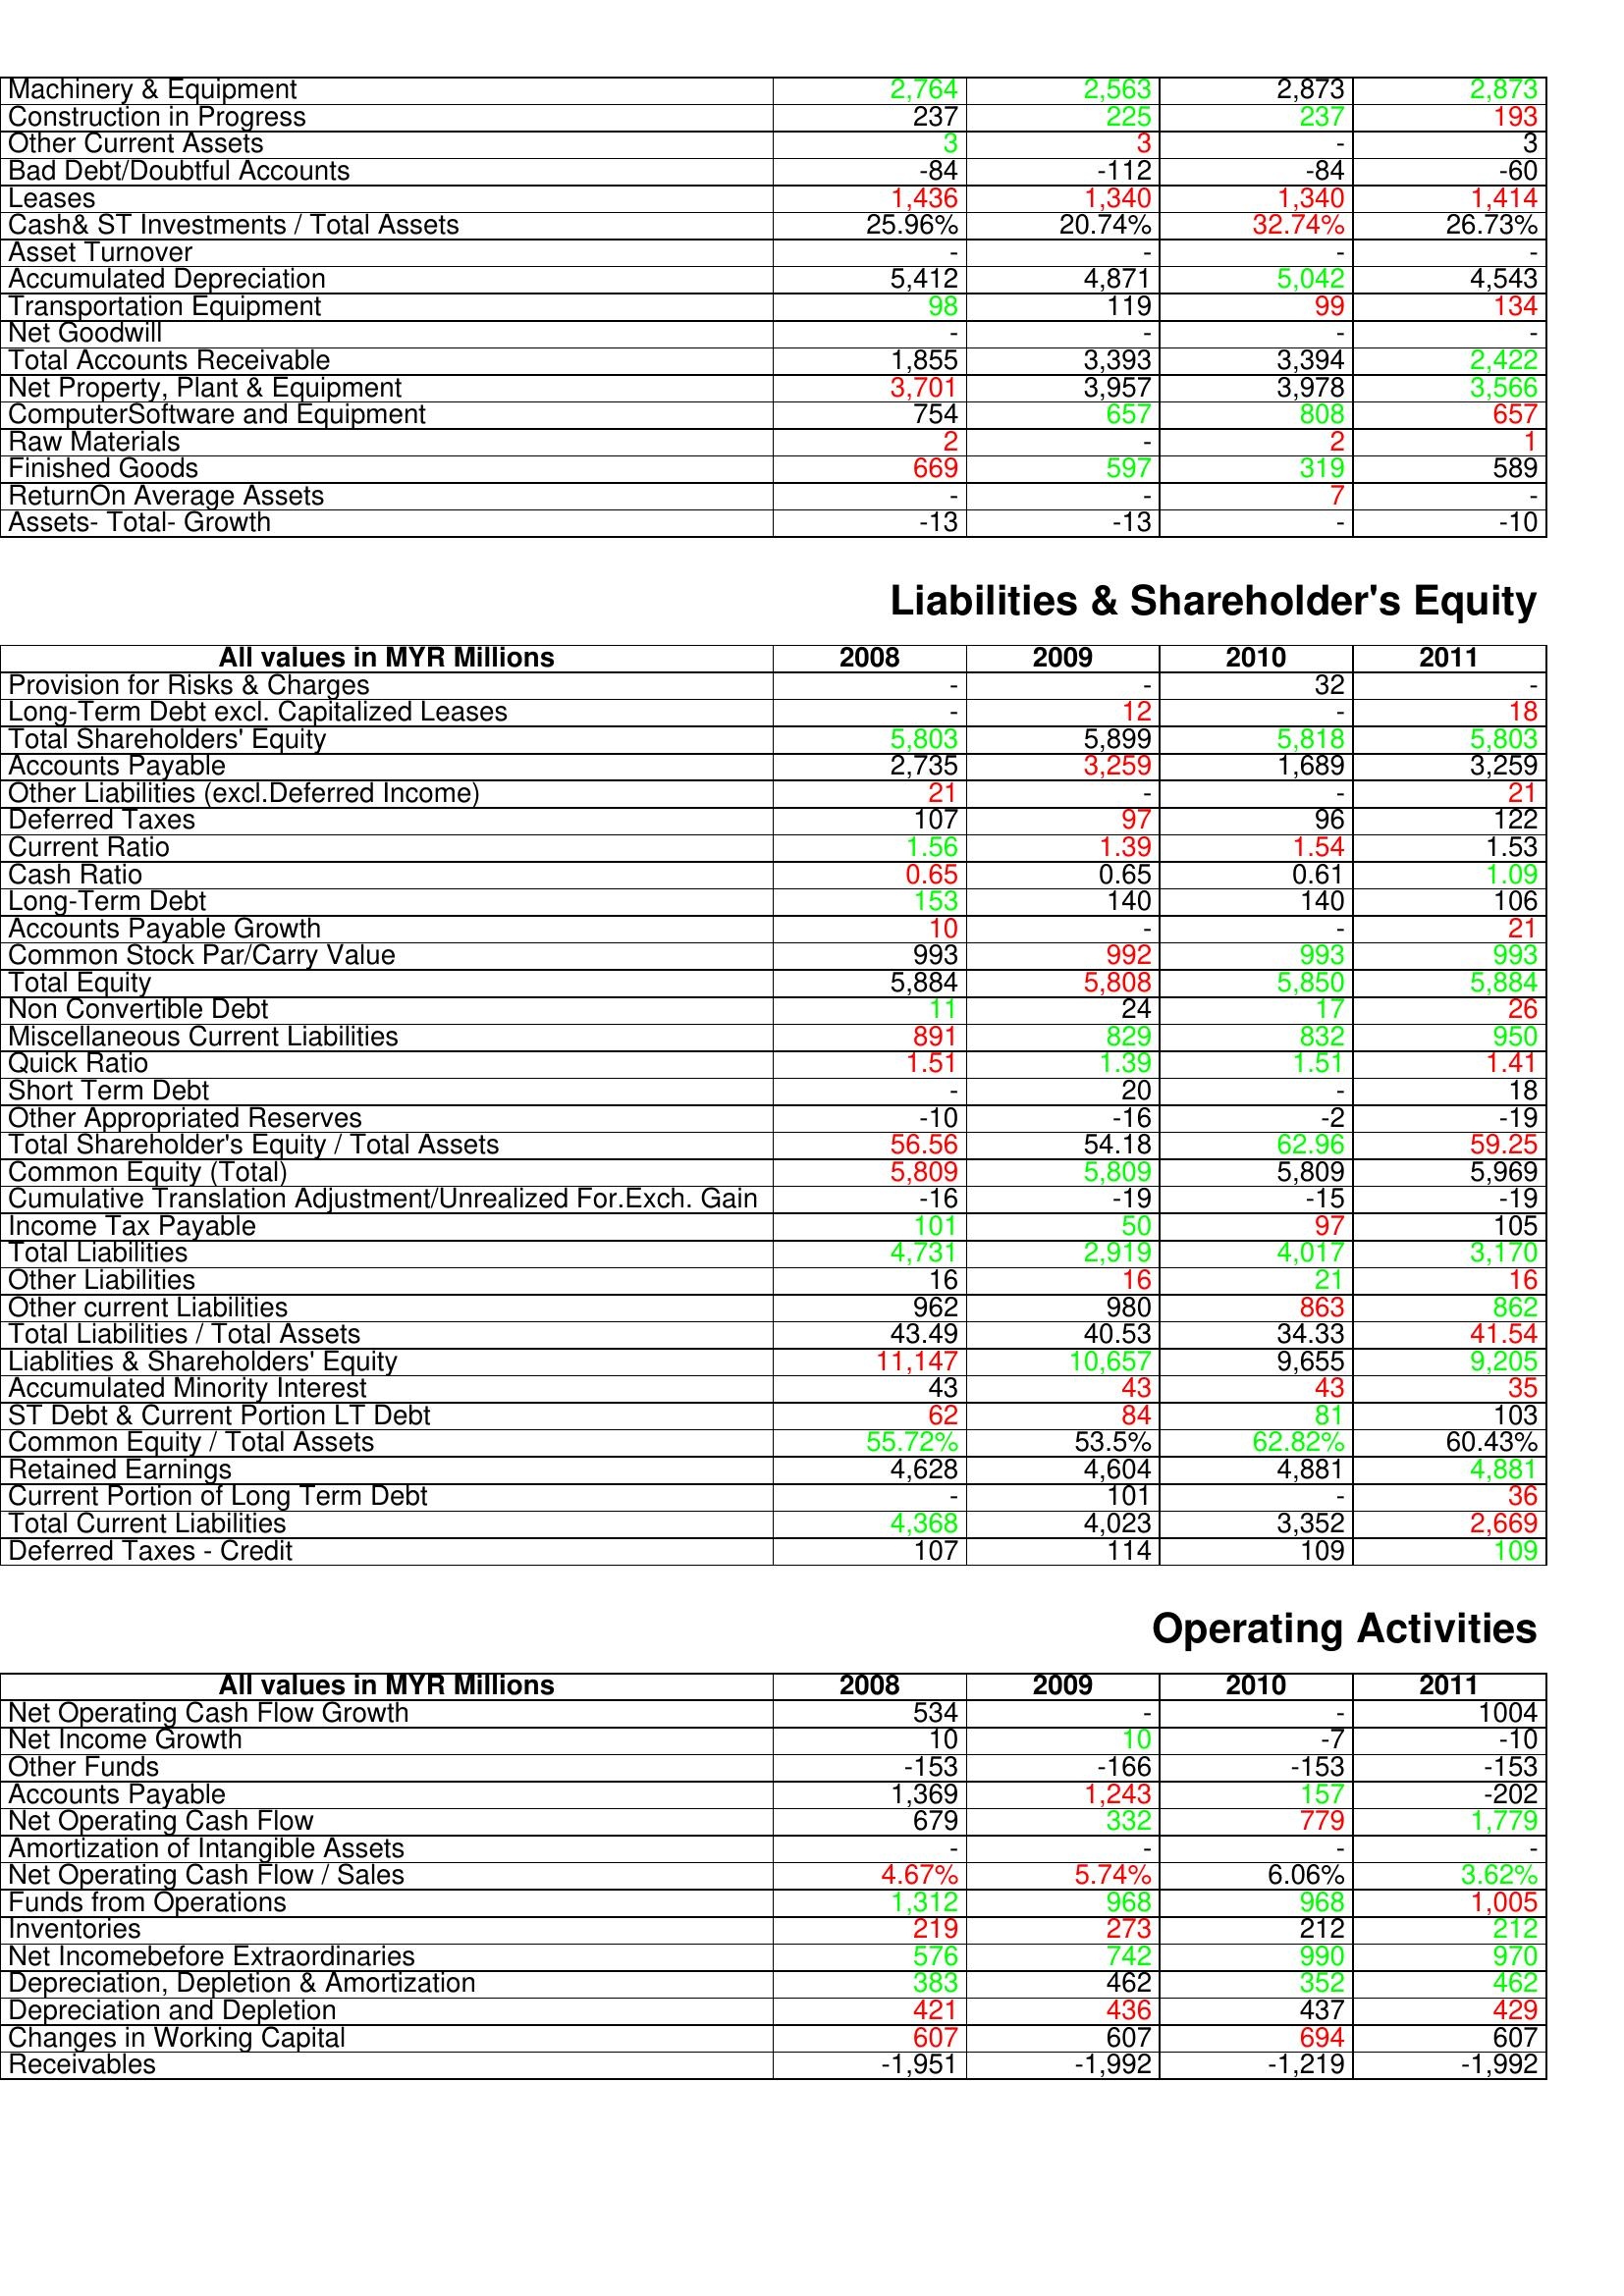
gt_parse: 2008: Assets: Machinery & Equipment: 2,764
Construction in Progress: 237
Other Current Assets: 3
Bad Debt/Doubtful Accounts: -84
Leases: 1,436
Cash& ST Investments / Total Assets: 25.96%
Asset Turnover: -
Accumulated Depreciation: 5,412
Transportation Equipment: 98
Net Goodwill: -
Total Accounts Receivable: 1,855
Net Property, Plant & Equipment: 3,701
ComputerSoftware and Equipment: 754
Raw Materials: 2
Finished Goods: 669
ReturnOn Average Assets: -
Assets- Total- Growth: -13
Liabilities & Shareholder's Equity: Provision for Risks & Charges: -
Long-Term Debt excl. Capitalized Leases: -
Total Shareholders' Equity: 5,803
Accounts Payable: 2,735
Other Liabilities (excl.Deferred Income): 21
Deferred Taxes: 107
Current Ratio: 1.56
Cash Ratio: 0.65
Long-Term Debt: 153
Accounts Payable Growth: 10
Common Stock Par/Carry Value: 993
Total Equity: 5,884
Non Convertible Debt: 11
Miscellaneous Current Liabilities: 891
Quick Ratio: 1.51
Short Term Debt: -
Other Appropriated Reserves: -10
Total Shareholder's Equity / Total Assets: 56.56
Common Equity (Total): 5,809
Cumulative Translation Adjustment/Unrealized For.Exch. Gain: -16
Income Tax Payable: 101
Total Liabilities: 4,731
Other Liabilities: 16
Other current Liabilities: 962
Total Liabilities / Total Assets: 43.49
Liablities & Shareholders' Equity: 11,147
Accumulated Minority Interest: 43
ST Debt & Current Portion LT Debt: 62
Common Equity / Total Assets: 55.72%
Retained Earnings: 4,628
Current Portion of Long Term Debt: -
Total Current Liabilities: 4,368
Deferred Taxes - Credit: 107
Operating Activities: Net Operating Cash Flow Growth: 534
Net Income Growth: 10
Other Funds: -153
Accounts Payable: 1,369
Net Operating Cash Flow: 679
Amortization of Intangible Assets: -
Net Operating Cash Flow / Sales: 4.67%
Funds from Operations: 1,312
Inventories: 219
Net Incomebefore Extraordinaries: 576
Depreciation, Depletion & Amortization: 383
Depreciation and Depletion: 421
Changes in Working Capital: 607
Receivables: -1,951
2009: Assets: Machinery & Equipment: 2,563
Construction in Progress: 225
Other Current Assets: 3
Bad Debt/Doubtful Accounts: -112
Leases: 1,340
Cash& ST Investments / Total Assets: 20.74%
Asset Turnover: -
Accumulated Depreciation: 4,871
Transportation Equipment: 119
Net Goodwill: -
Total Accounts Receivable: 3,393
Net Property, Plant & Equipment: 3,957
ComputerSoftware and Equipment: 657
Raw Materials: -
Finished Goods: 597
ReturnOn Average Assets: -
Assets- Total- Growth: -13
Liabilities & Shareholder's Equity: Provision for Risks & Charges: -
Long-Term Debt excl. Capitalized Leases: 12
Total Shareholders' Equity: 5,899
Accounts Payable: 3,259
Other Liabilities (excl.Deferred Income): -
Deferred Taxes: 97
Current Ratio: 1.39
Cash Ratio: 0.65
Long-Term Debt: 140
Accounts Payable Growth: -
Common Stock Par/Carry Value: 992
Total Equity: 5,808
Non Convertible Debt: 24
Miscellaneous Current Liabilities: 829
Quick Ratio: 1.39
Short Term Debt: 20
Other Appropriated Reserves: -16
Total Shareholder's Equity / Total Assets: 54.18
Common Equity (Total): 5,809
Cumulative Translation Adjustment/Unrealized For.Exch. Gain: -19
Income Tax Payable: 50
Total Liabilities: 2,919
Other Liabilities: 16
Other current Liabilities: 980
Total Liabilities / Total Assets: 40.53
Liablities & Shareholders' Equity: 10,657
Accumulated Minority Interest: 43
ST Debt & Current Portion LT Debt: 84
Common Equity / Total Assets: 53.5%
Retained Earnings: 4,604
Current Portion of Long Term Debt: 101
Total Current Liabilities: 4,023
Deferred Taxes - Credit: 114
Operating Activities: Net Operating Cash Flow Growth: -
Net Income Growth: 10
Other Funds: -166
Accounts Payable: 1,243
Net Operating Cash Flow: 332
Amortization of Intangible Assets: -
Net Operating Cash Flow / Sales: 5.74%
Funds from Operations: 968
Inventories: 273
Net Incomebefore Extraordinaries: 742
Depreciation, Depletion & Amortization: 462
Depreciation and Depletion: 436
Changes in Working Capital: 607
Receivables: -1,992
2010: Assets: Machinery & Equipment: 2,873
Construction in Progress: 237
Other Current Assets: -
Bad Debt/Doubtful Accounts: -84
Leases: 1,340
Cash& ST Investments / Total Assets: 32.74%
Asset Turnover: -
Accumulated Depreciation: 5,042
Transportation Equipment: 99
Net Goodwill: -
Total Accounts Receivable: 3,394
Net Property, Plant & Equipment: 3,978
ComputerSoftware and Equipment: 808
Raw Materials: 2
Finished Goods: 319
ReturnOn Average Assets: 7
Assets- Total- Growth: -
Liabilities & Shareholder's Equity: Provision for Risks & Charges: 32
Long-Term Debt excl. Capitalized Leases: -
Total Shareholders' Equity: 5,818
Accounts Payable: 1,689
Other Liabilities (excl.Deferred Income): -
Deferred Taxes: 96
Current Ratio: 1.54
Cash Ratio: 0.61
Long-Term Debt: 140
Accounts Payable Growth: -
Common Stock Par/Carry Value: 993
Total Equity: 5,850
Non Convertible Debt: 17
Miscellaneous Current Liabilities: 832
Quick Ratio: 1.51
Short Term Debt: -
Other Appropriated Reserves: -2
Total Shareholder's Equity / Total Assets: 62.96
Common Equity (Total): 5,809
Cumulative Translation Adjustment/Unrealized For.Exch. Gain: -15
Income Tax Payable: 97
Total Liabilities: 4,017
Other Liabilities: 21
Other current Liabilities: 863
Total Liabilities / Total Assets: 34.33
Liablities & Shareholders' Equity: 9,655
Accumulated Minority Interest: 43
ST Debt & Current Portion LT Debt: 81
Common Equity / Total Assets: 62.82%
Retained Earnings: 4,881
Current Portion of Long Term Debt: -
Total Current Liabilities: 3,352
Deferred Taxes - Credit: 109
Operating Activities: Net Operating Cash Flow Growth: -
Net Income Growth: -7
Other Funds: -153
Accounts Payable: 157
Net Operating Cash Flow: 779
Amortization of Intangible Assets: -
Net Operating Cash Flow / Sales: 6.06%
Funds from Operations: 968
Inventories: 212
Net Incomebefore Extraordinaries: 990
Depreciation, Depletion & Amortization: 352
Depreciation and Depletion: 437
Changes in Working Capital: 694
Receivables: -1,219
2011: Assets: Machinery & Equipment: 2,873
Construction in Progress: 193
Other Current Assets: 3
Bad Debt/Doubtful Accounts: -60
Leases: 1,414
Cash& ST Investments / Total Assets: 26.73%
Asset Turnover: -
Accumulated Depreciation: 4,543
Transportation Equipment: 134
Net Goodwill: -
Total Accounts Receivable: 2,422
Net Property, Plant & Equipment: 3,566
ComputerSoftware and Equipment: 657
Raw Materials: 1
Finished Goods: 589
ReturnOn Average Assets: -
Assets- Total- Growth: -10
Liabilities & Shareholder's Equity: Provision for Risks & Charges: -
Long-Term Debt excl. Capitalized Leases: 18
Total Shareholders' Equity: 5,803
Accounts Payable: 3,259
Other Liabilities (excl.Deferred Income): 21
Deferred Taxes: 122
Current Ratio: 1.53
Cash Ratio: 1.09
Long-Term Debt: 106
Accounts Payable Growth: 21
Common Stock Par/Carry Value: 993
Total Equity: 5,884
Non Convertible Debt: 26
Miscellaneous Current Liabilities: 950
Quick Ratio: 1.41
Short Term Debt: 18
Other Appropriated Reserves: -19
Total Shareholder's Equity / Total Assets: 59.25
Common Equity (Total): 5,969
Cumulative Translation Adjustment/Unrealized For.Exch. Gain: -19
Income Tax Payable: 105
Total Liabilities: 3,170
Other Liabilities: 16
Other current Liabilities: 862
Total Liabilities / Total Assets: 41.54
Liablities & Shareholders' Equity: 9,205
Accumulated Minority Interest: 35
ST Debt & Current Portion LT Debt: 103
Common Equity / Total Assets: 60.43%
Retained Earnings: 4,881
Current Portion of Long Term Debt: 36
Total Current Liabilities: 2,669
Deferred Taxes - Credit: 109
Operating Activities: Net Operating Cash Flow Growth: 1004
Net Income Growth: -10
Other Funds: -153
Accounts Payable: -202
Net Operating Cash Flow: 1,779
Amortization of Intangible Assets: -
Net Operating Cash Flow / Sales: 3.62%
Funds from Operations: 1,005
Inventories: 212
Net Incomebefore Extraordinaries: 970
Depreciation, Depletion & Amortization: 462
Depreciation and Depletion: 429
Changes in Working Capital: 607
Receivables: -1,992